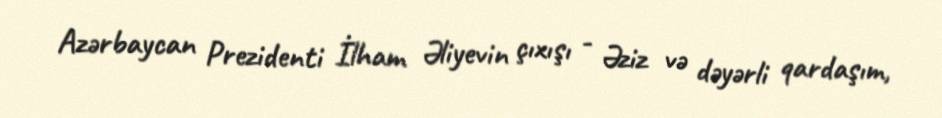
Azərbaycan Prezidenti İlham Əliyevin çıxışı - Əziz və dəyərli qardaşım,